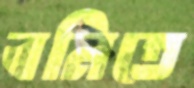
বনিতে